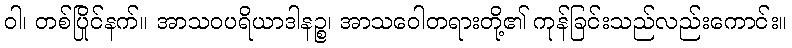
ဝါ၊ တစ်ပြိုင်နက်။ အာသဝပရိယာဒါနဉ္စ၊ အာသဝေါတရားတို့၏ ကုန်ခြင်းသည်လည်းကောင်း။